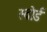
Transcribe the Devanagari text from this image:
स्‍वोर्ड